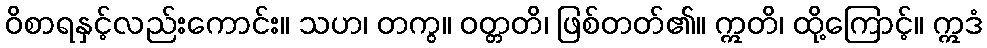
ဝိစာရနှင့်လည်းကောင်း။ သဟ၊ တကွ။ ဝတ္တတိ၊ ဖြစ်တတ်၏။ ဣတိ၊ ထို့ကြောင့်။ ဣဒံ